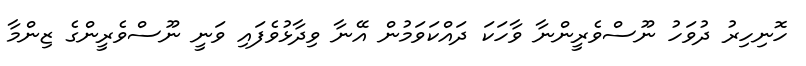
ހޮނިހިރު ދުވަހު ނޫސްވެރީންނާ ވާހަކަ ދައްކަވަމުން އޭނާ ވިދާޅުވެފައި ވަނީ ނޫސްވެރީންގެ ޒިންމާ